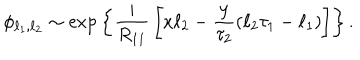
\phi _ { \ell _ { 1 } , \ell _ { 2 } } \sim \mathrm { e x p } \left\{ { \frac { i } { R _ { 1 1 } } } \left[ x \ell _ { 2 } - { \frac { y } { \tau _ { 2 } } } ( \ell _ { 2 } \tau _ { 1 } - \ell _ { 1 } ) \right] \right\} .